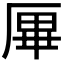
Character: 𠩿